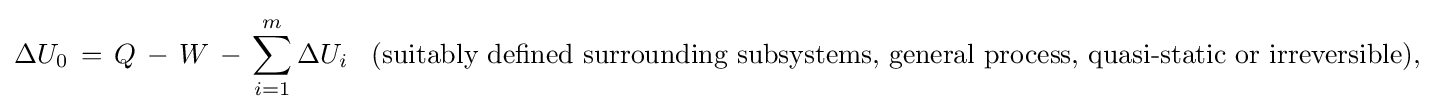
\Delta U_{0}\,=\,Q\,-\,W\,-\,\sum _{i=1}^{m}\Delta U_{i}\,\,\,\,\,{\text{(suitably defined surrounding subsystems, general process, quasi-static or irreversible),}}